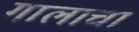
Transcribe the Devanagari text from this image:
गालाचा